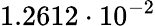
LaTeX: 1.2612\cdot 10^{-2}